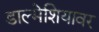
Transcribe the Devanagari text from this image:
डाल्मेशियावर